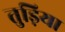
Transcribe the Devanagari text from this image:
तुड़िया